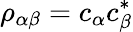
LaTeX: \rho_{\alpha\beta}=c_{\alpha}c_{\beta}^{*}